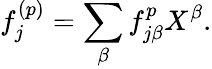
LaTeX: f_{j}^{(p)}=\sum_{\beta}f_{j\beta}^{p}X^{\beta}.